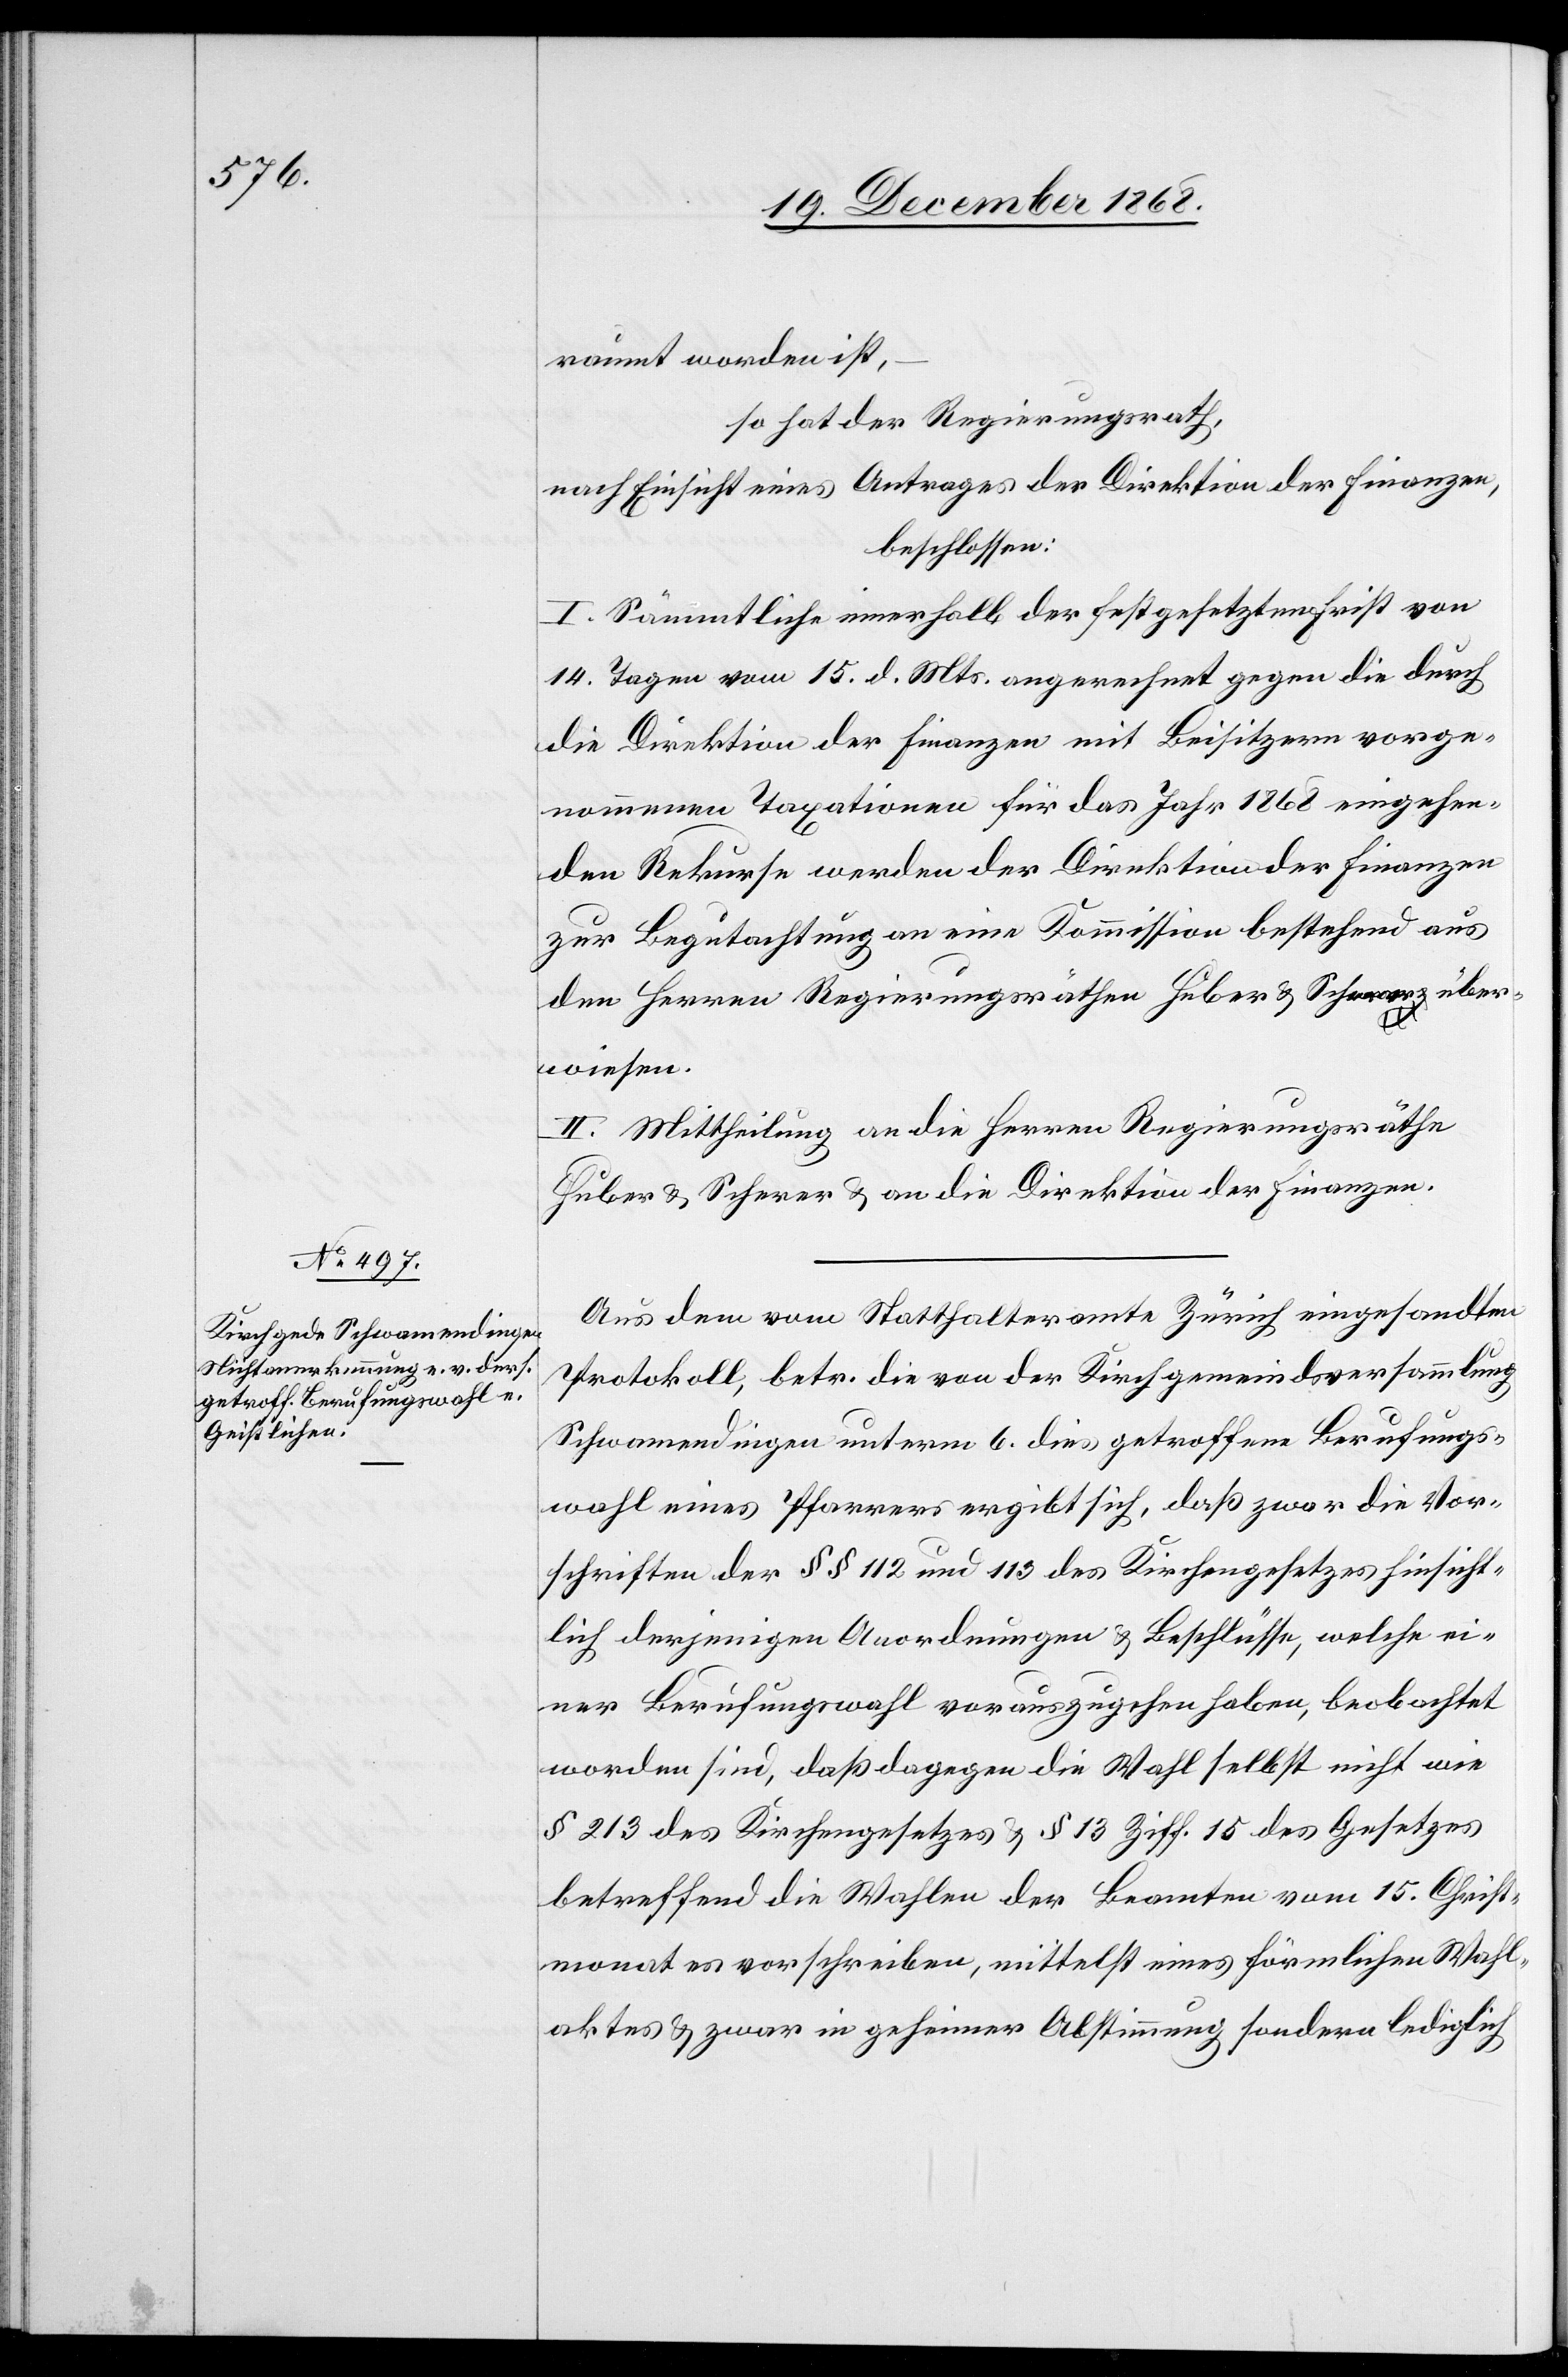
raumt worden ist,
so hat der Regierungsrath,
nach Einsicht eines Antrages der Direktion der Finanzen,
beschlossen:
I. Sämmtliche innerhalb der festgesetzten Frist von
14. Tagen vom 15. d. Mts. angerechnet gegen die durch
die Direktion der Finanzen mit Beisitzern vorge¬
nommenen Taxationen für das Jahr 1868 eingehen¬
den Rekurse werden der Direktion der Finanzen
zur Begutachtung an eine Kommission bestehend aus
den Herren Regierungsräthen Huber & Scherer über¬
wiesen.
II. Mittheilung an die Herren Regierungsräthe
Huber & Scherer & an die Direktion der Finanzen.
Aus dem vom Statthalteramte Zürich eingesandten
Protokoll, betr. die von der Kirchgemeindsversammlung
Schwamendingen unterm 6. dies getroffene Berufungs¬
wahl eines Pfarrers ergibt sich, daß zwar die Vor¬
schriften der §§ 112 und 113 des Kirchengesetzes hinsicht¬
lich derjenigen Anordnungen & Beschlüsse, welche ei¬
ner Berufungswahl vorauszugehen haben, beobachtet
worden sind, daß dagegen die Wahl selbst nicht wie
§ 213 des Kirchengesetzes & § 13 Ziff. 15 des Gesetzes
betreffend die Wahlen der Beamten vom 15. Christ¬
monat es vorschreiben, mittelst eines förmlichen Wahl¬
aktes & zwar in geheimer Abstimmung sondern lediglich